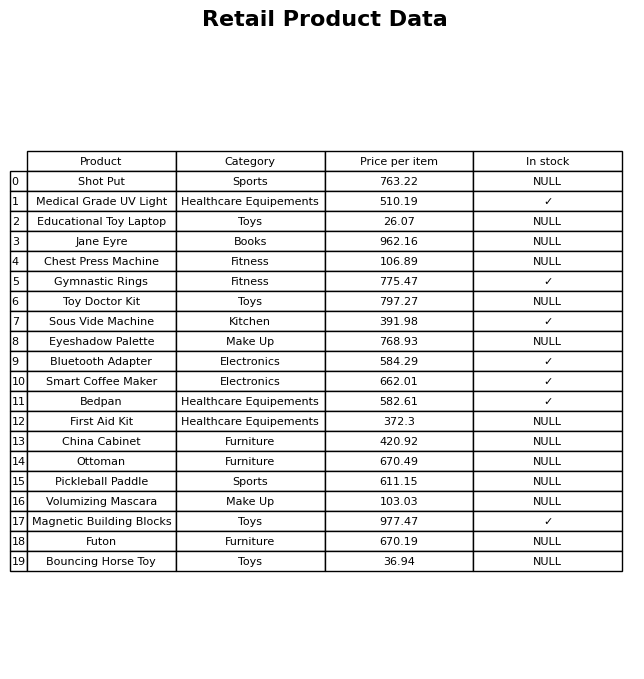
question: What is the price of the Jane Eyre?
answer: The price of Jane Eyre is 962.16.